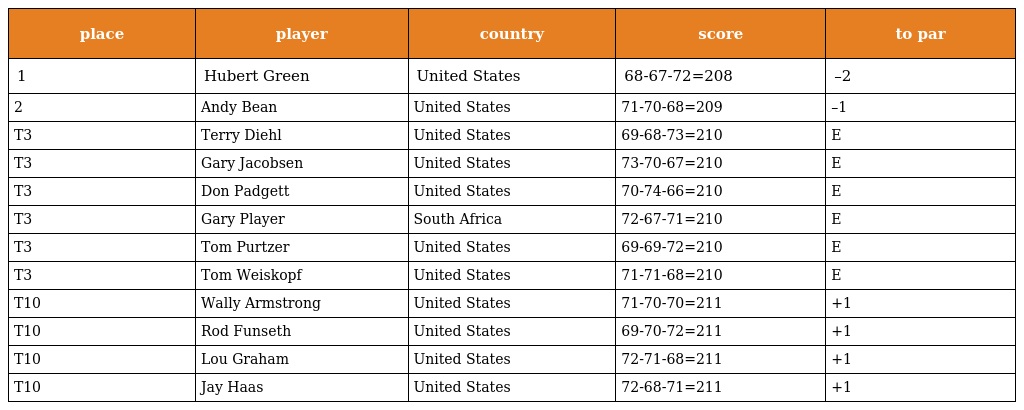
| place | player | country | score | to par |
 | --- | --- | --- | --- | --- |
 | 1 | Hubert Green | United States | 68-67-72=208 | –2 |
 | 2 | Andy Bean | United States | 71-70-68=209 | –1 |
 | T3 | Terry Diehl | United States | 69-68-73=210 | E |
 | T3 | Gary Jacobsen | United States | 73-70-67=210 | E |
 | T3 | Don Padgett | United States | 70-74-66=210 | E |
 | T3 | Gary Player | South Africa | 72-67-71=210 | E |
 | T3 | Tom Purtzer | United States | 69-69-72=210 | E |
 | T3 | Tom Weiskopf | United States | 71-71-68=210 | E |
 | T10 | Wally Armstrong | United States | 71-70-70=211 | +1 |
 | T10 | Rod Funseth | United States | 69-70-72=211 | +1 |
 | T10 | Lou Graham | United States | 72-71-68=211 | +1 |
 | T10 | Jay Haas | United States | 72-68-71=211 | +1 |